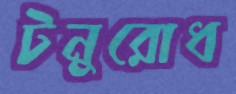
টনুরোধ